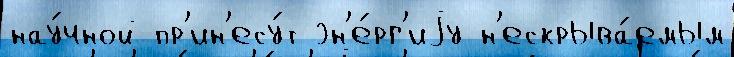
нау́чной пр'ин'есу́т эн'е́рг'иjу н'ескрыва́емым